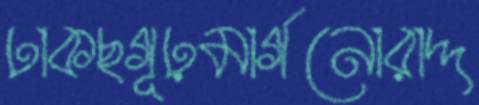
ঢাকছগূঢ়মার্গনোরাদ্দ